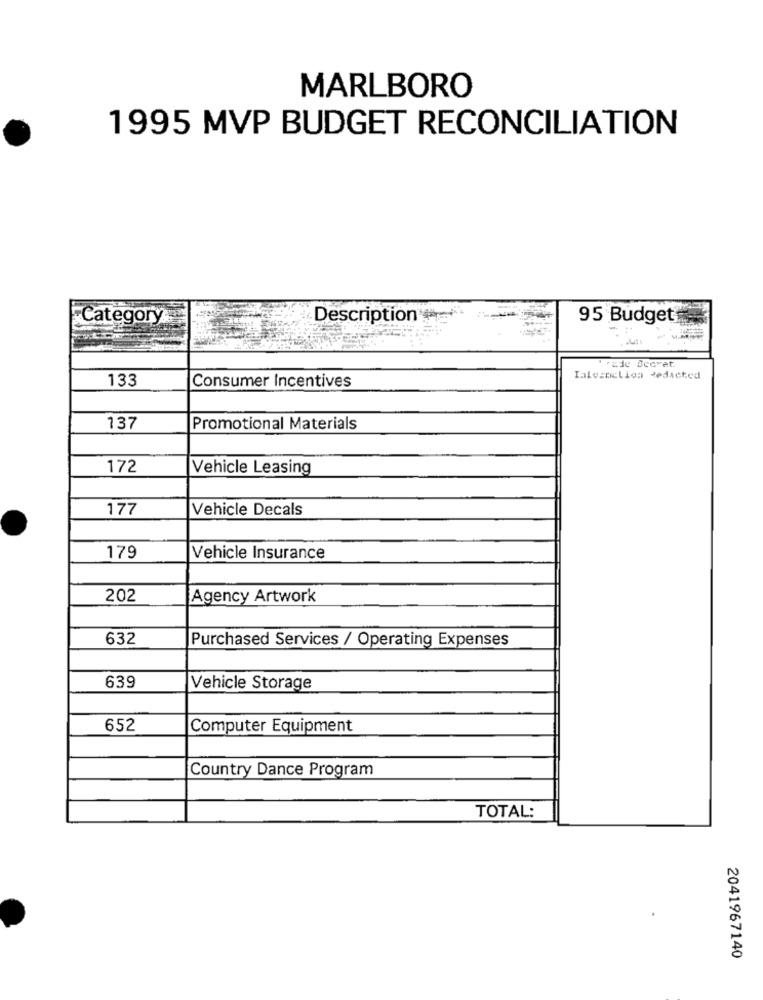
MARLBORO
1995 MVP BUDGET RECONCILIATION
Category
Description
95 Budget
rade Secret.
133
Ialesnelion Redacted
Consumer Incentives
137
Promotional Materials
172
Vehicle Leasing
177
Vehicle Decals
179
Vehicle Insurance
202
Agency Artwork
632
Purchased Services / Operating Expenses
639
Vehicle Storage
652
Computer Equipment
Country Dance Program
TOTAL:
2041967140